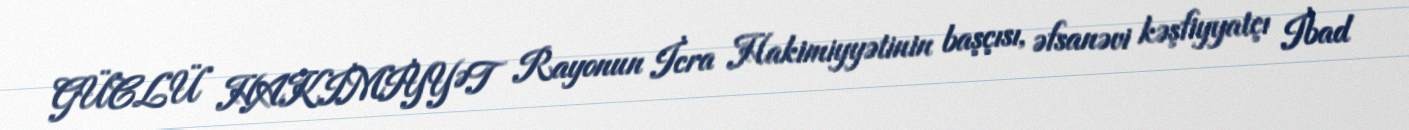
GÜCLÜ HAKİMİYYƏT Rayonun İcra Hakimiyyətinin başçısı, əfsanəvi kəşfiyyatçı İbad